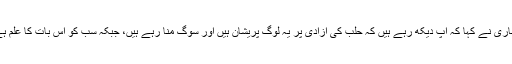
اسلامی ملک شام کے شہر حلب کی تکفیری دہشتگردوں سے آزادی کا حوالہ دیتے ہوئے غلام رضا انصاری نے کہا کہ آپ دیکھ رہے ہیں کہ حلب کی آزادی پر یہ لوگ پریشان ہیں اور سوگ منا رہے ہیں، جبکہ سب کو اس بات کا علم ہے کہ حلب پر قابض تکفیری تھے اور انہوں نے پچھلے چار سال میں وہاں مظالم کے سوا کچھ نہیں کیا۔